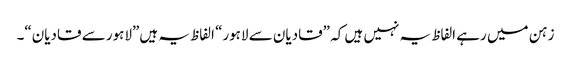
زہن میں رہے الفاظ یہ نہیں ہیں کہ ”قادیان سے لاہور“ الفاظ یہ ہیں”لاہور سے قادیان“۔